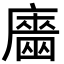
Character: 𢋦